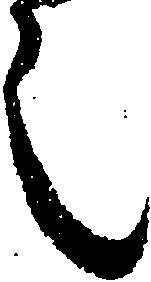
之